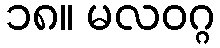
၁၈။ မလဝဂ္ဂ